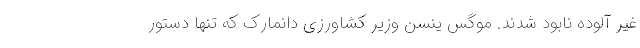
غیر آلوده نابود شدند. موگس ینسن وزیر کشاورزی دانمارک که تنها دستور